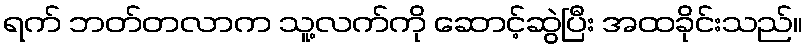
ရက် ဘတ်တလာက သူ့လက်ကို ဆောင့်ဆွဲပြီး အထခိုင်းသည်။